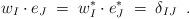
LaTeX: \begin{align*}w_I \cdot e_J \;=\; w^*_I \cdot e^*_J \;=\; \delta_{IJ} \;\;.\end{align*}